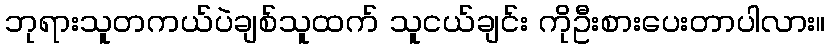
ဘုရားသူတကယ်ပဲချစ်သူထက် သူငယ်ချင်း ကိုဦးစားပေးတာပါလား။